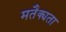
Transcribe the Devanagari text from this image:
मतैक्यता